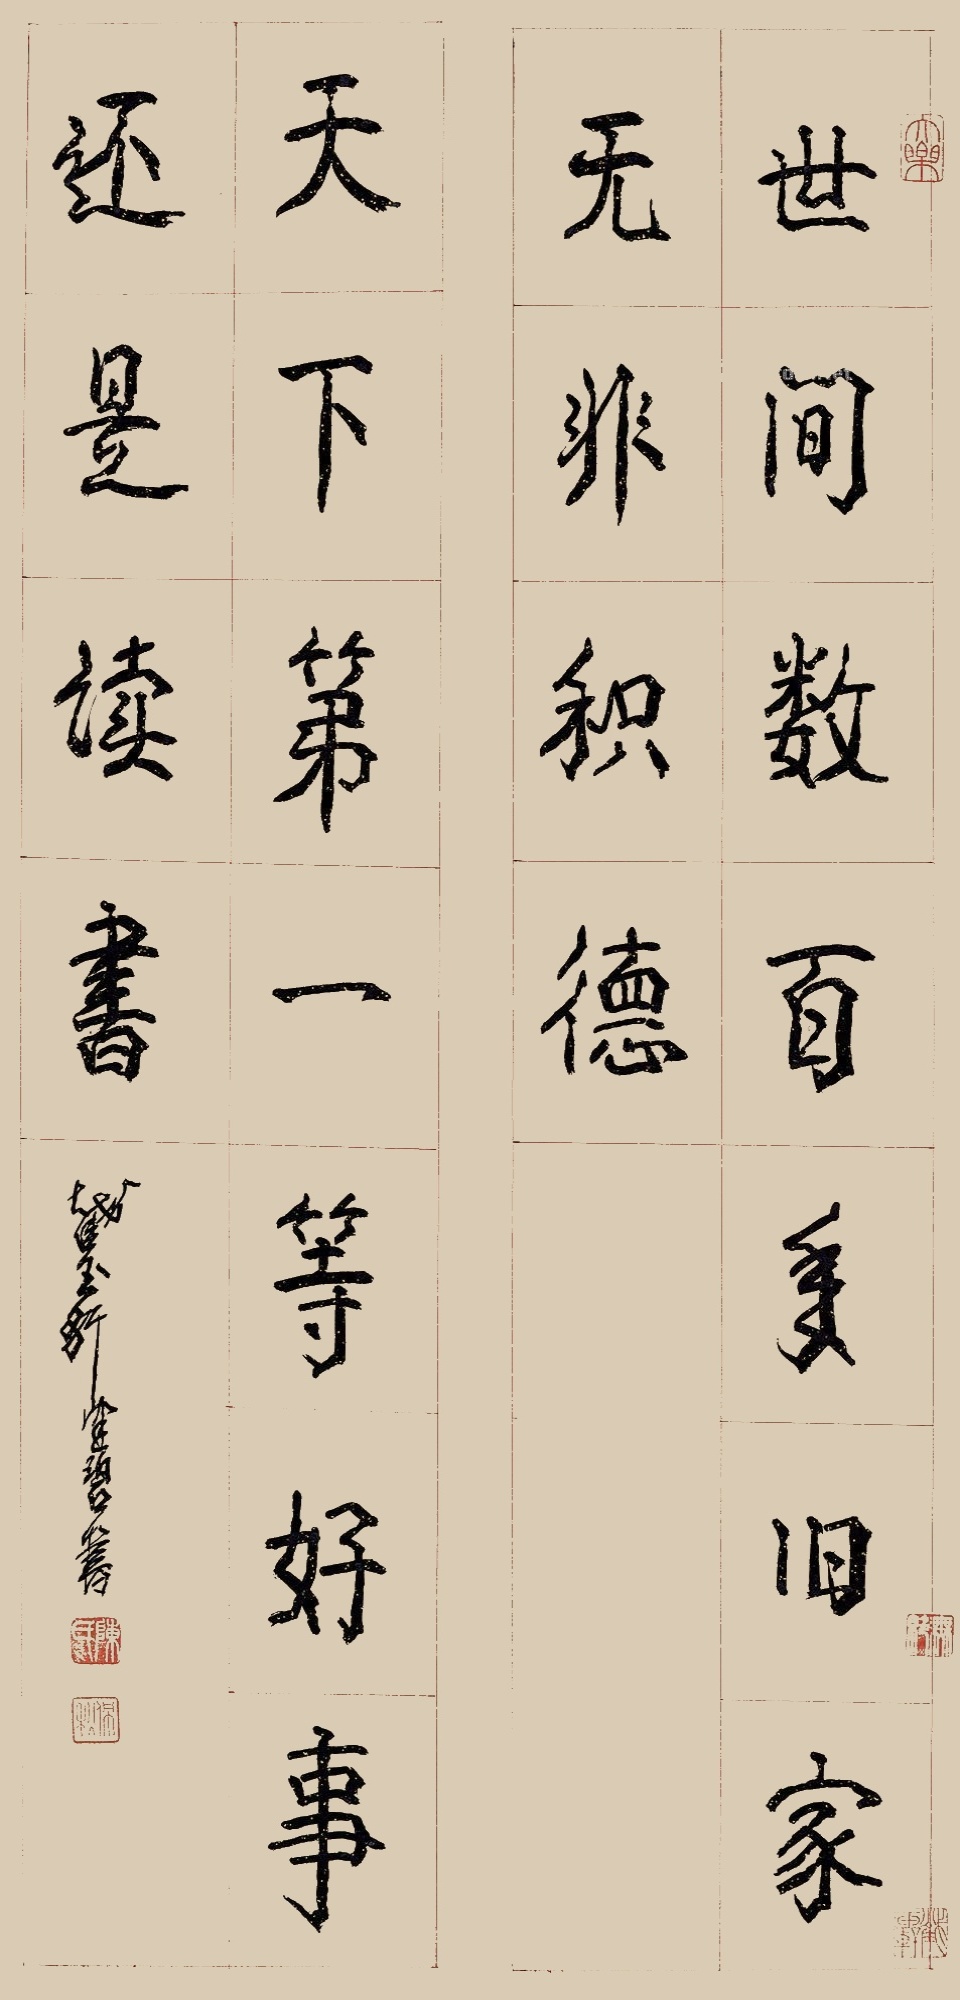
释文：世间数百年旧家无非积德，天下第一等好事还是读书。截玉轩健碧书。